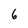
Character: 6